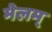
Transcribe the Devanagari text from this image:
मेलम्